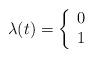
LaTeX: \begin{align*}\lambda(t) = \left\{\begin{array}{ll} 0 & \\1 & \end{array} \right.\end{align*}